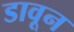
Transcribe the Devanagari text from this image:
डावून